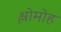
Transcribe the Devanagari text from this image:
श्लोमोह